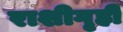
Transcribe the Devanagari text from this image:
राशीगृही